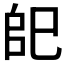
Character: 𢀹